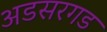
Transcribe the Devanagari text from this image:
अडसरगड